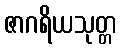
ဇာဂရိယသုတ္တ